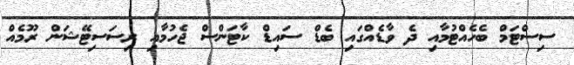
ސިސްޓަމް ބެހެއްޓުމާއި ދެ ވާޑެއްގައި ބެޑް ސައިޑް ކާޓަންސް ޖެހުމާއި ރިސަސިޓޭޝަން ރޫމެއް